Indian journal of veterinary science and animal husbandry - Volumes 22-23, 1952-1953
Year: 1952
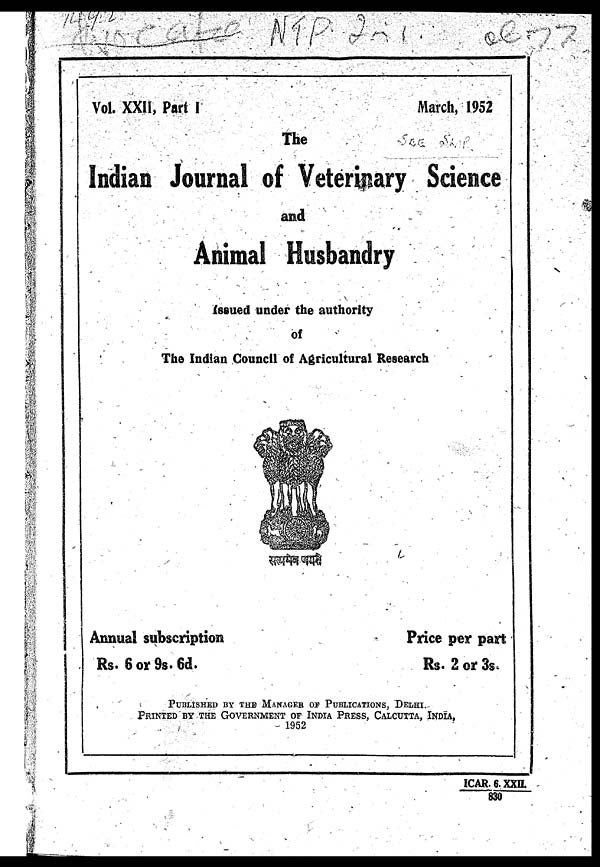
Vol. XXII, Part I
March, 1952
The
Indian Journal of Veterinary Science
and
Animal Husbandry
Issued under the authority
of
The Indian Council of Agricultural Research
Annual subscription
Rs. 6 or 9s. 6d.
Price per part
Rs. 2 or 3s.
PUBLISHED BY THE MANAGER OF PUBLICATIONS, DELHI.
PRINTED BY THE GOVERNMENT OF INDIA PRESS, CALCUTTA, I
1952
ICAR . 6. XXII.
830